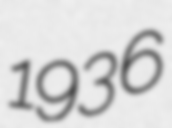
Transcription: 1936